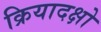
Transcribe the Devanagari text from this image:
क्रियादक्षो